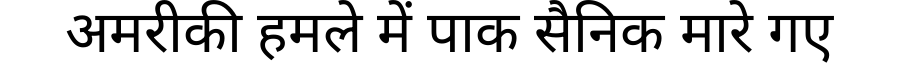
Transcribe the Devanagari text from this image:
अमरीकी हमले में पाक सैनिक मारे गए